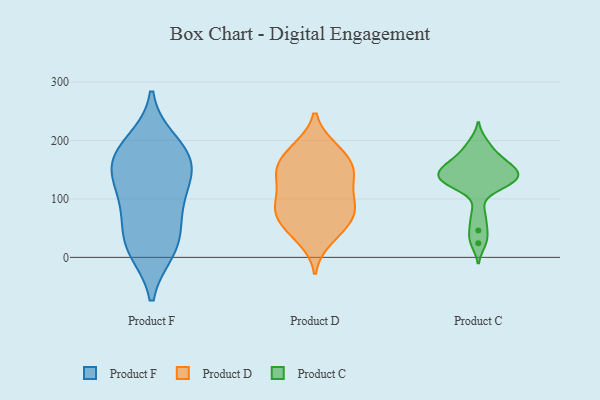
{"axis": {"x": "Inventory Turnover", "y": "Value"}, "legend": ["Product C", "Product D", "Product F"], "data": [{"x": "", "y": 196, "type": "Product F"}, {"x": "", "y": 14, "type": "Product F"}, {"x": "", "y": 154, "type": "Product F"}, {"x": "", "y": 22, "type": "Product F"}, {"x": "", "y": 156, "type": "Product F"}, {"x": "", "y": 76, "type": "Product F"}, {"x": "", "y": 94, "type": "Product F"}, {"x": "", "y": 121, "type": "Product F"}, {"x": "", "y": 26, "type": "Product F"}, {"x": "", "y": 180, "type": "Product F"}, {"x": "", "y": 163, "type": "Product F"}, {"x": "", "y": 153, "type": "Product D"}, {"x": "", "y": 142, "type": "Product D"}, {"x": "", "y": 74, "type": "Product D"}, {"x": "", "y": 52, "type": "Product D"}, {"x": "", "y": 141, "type": "Product D"}, {"x": "", "y": 98, "type": "Product D"}, {"x": "", "y": 39, "type": "Product D"}, {"x": "", "y": 85, "type": "Product D"}, {"x": "", "y": 188, "type": "Product D"}, {"x": "", "y": 69, "type": "Product D"}, {"x": "", "y": 188, "type": "Product D"}, {"x": "", "y": 105, "type": "Product D"}, {"x": "", "y": 145, "type": "Product D"}, {"x": "", "y": 83, "type": "Product D"}, {"x": "", "y": 183, "type": "Product D"}, {"x": "", "y": 108, "type": "Product D"}, {"x": "", "y": 66, "type": "Product D"}, {"x": "", "y": 157, "type": "Product D"}, {"x": "", "y": 30, "type": "Product D"}, {"x": "", "y": 148, "type": "Product D"}, {"x": "", "y": 126, "type": "Product C"}, {"x": "", "y": 197, "type": "Product C"}, {"x": "", "y": 137, "type": "Product C"}, {"x": "", "y": 119, "type": "Product C"}, {"x": "", "y": 160, "type": "Product C"}, {"x": "", "y": 129, "type": "Product C"}, {"x": "", "y": 74, "type": "Product C"}, {"x": "", "y": 137, "type": "Product C"}, {"x": "", "y": 180, "type": "Product C"}, {"x": "", "y": 46, "type": "Product C"}, {"x": "", "y": 24, "type": "Product C"}, {"x": "", "y": 166, "type": "Product C"}, {"x": "", "y": 151, "type": "Product C"}, {"x": "", "y": 140, "type": "Product C"}, {"x": "", "y": 152, "type": "Product C"}]}